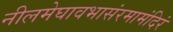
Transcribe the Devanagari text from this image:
नीलमेघावभासंरमामंदिरं